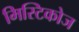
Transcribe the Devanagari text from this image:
मिस्टिकोज